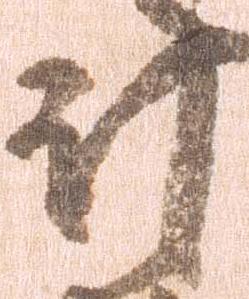
計